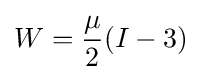
W={\frac {\mu }{2}}(I-3)